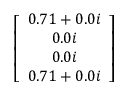
\left[ \begin{array} { c } { 0 . 7 1 + 0 . 0 i } \\ { 0 . 0 i } \\ { 0 . 0 i } \\ { 0 . 7 1 + 0 . 0 i } \end{array} \right]